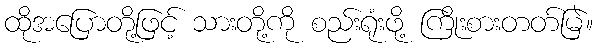
ထိုအပြောတို့ဖြင့် သားတို့ကို စည်းရုံးဖို့ ကြိုးစားတတ်မြဲ။